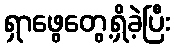
ရှာဖွေတွေ့ရှိခဲ့ပြီး